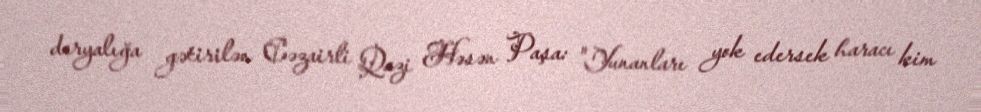
deryalığa gətirilən Cəzairli Qazi Həsən Paşa: "Yunanları yok edersek haracı kim